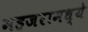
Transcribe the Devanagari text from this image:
महजरामध्ये